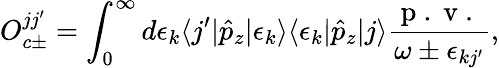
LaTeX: O_{c\pm}^{jj^{\prime}}=\int_{0}^{\infty}d\epsilon_{k}\langle j^{\prime}|\hat{p}_{z}|\epsilon_{k}\rangle\langle\epsilon_{k}|\hat{p}_{z}|j\rangle\frac{\mathrm{~p~.~v~.~}}{\omega\pm\epsilon_{kj^{\prime}}},